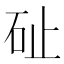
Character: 砋